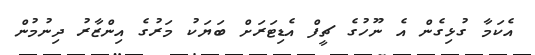
އެކަމާ ގުޅިގެން އެ ނޫހުގެ ޗީފް އެޑިޓަރަށް ބަޔަކު މަރުގެ އިންޒާރު ދިނުމުން